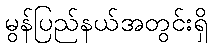
မွန်ပြည်နယ်အတွင်းရှိ